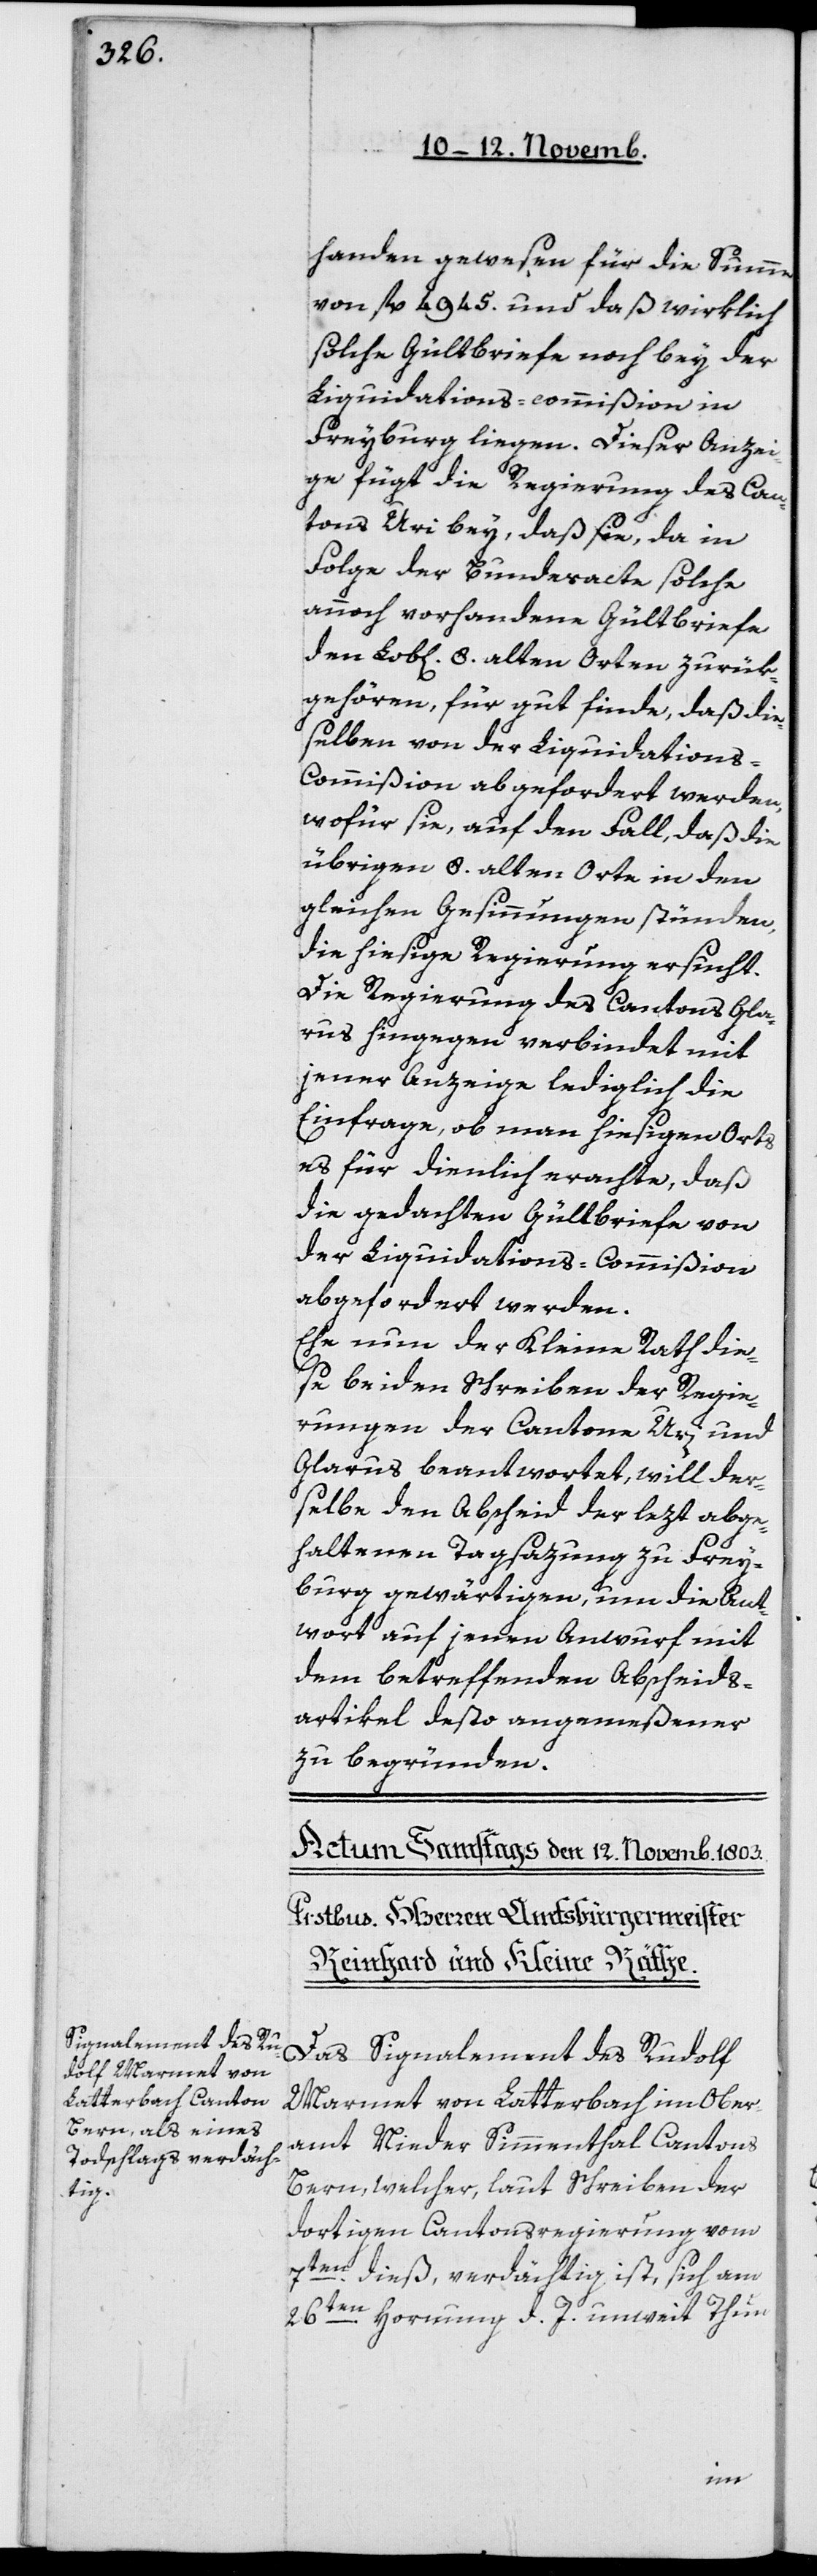
handen gewesen für die Summe
von fl. 4945 und daß wirklich
solche Gültbriefe noch bey der
Liquidations-Commißion in
Freyburg liegen. Dieser Anzei¬
ge fügt die Regierung des Can¬
tons Uri bey, daß sie, da in
Folge der Bundesacte solche
annoch vorhandene Gültbriefe
den Lobl. 8 alten Orten zurük¬
gehören, für gut finde, daß die¬
selben von der Liquidation¬
s-Commißion abgefordert werden,
wofür sie, auf den Fall, daß die
übrigen 8 alten Orten in den
gleichen Gesinnungen stünden,
die hiesige Regierung ersucht.
Die Regierung des Cantons Gla¬
rus hingegen verbindet mit
jener Anzeige lediglich die
Einfrage, ob man hiesigen Orts
es für dienlich erachte, daß
die gedachten Gültbriefe von
der Liquidations-Commißion
abgefordert werden.
Ehe nun der Kleine Rath die¬
se beiden Schreiben der Regie¬
rungen der Kantone Uri und
Glarus beantwortet, will der¬
selbe den Abscheid der lezt abge¬
haltenen Tagsazung zu Frey¬
burg gewärtigen, und die Ant¬
wort auf jenen Anwurf mit
dem betreffenden Abscheids¬
artikel desto angemeßener
zu begründen.
Das Signalement des Rudolf
Marmet von Latterbach im Ober¬
amt Nieder Simmenthal Cantons
Bern, welcher, laut Schreiben der
dortigen Cantonsregierung vom
7ten dieß, verdächtig ist, sich am
26ten Hornung d. J. unweit Thun